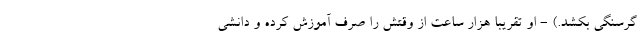
گرسنگی بکشد.) - او تقریباً هزار ساعت از وقتش را صرف آموزش کرده و دانشی